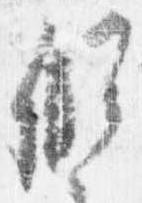
假